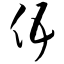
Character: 伍